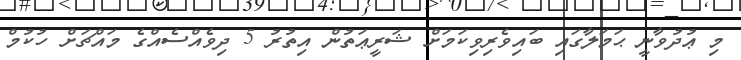
މި ޢުދުވާނީ ޙަމަލާގައި ބައިވެރިވިކަމަށް ޝަރީޢަތުން އިތުރު 5 ދިވެއްސެއްގެ މައްޗަށް ހުކުމް